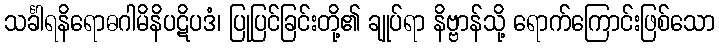
သင်္ခါရနိရောဓဂါမိနိပဋိပဒံ၊ ပြုပြင်ခြင်းတို့၏ ချုပ်ရာ နိဗ္ဗာန်သို့ ရောက်ကြောင်းဖြစ်သော